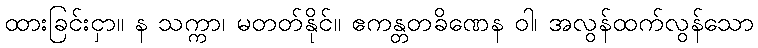
ထားခြင်းငှာ။ န သက္ကာ၊ မတတ်နိုင်။ ဧကန္တတခိဏေန ဝါ၊ အလွန်ထက်လွန်သော